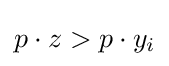
p\cdot z>p\cdot y_{i}